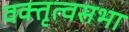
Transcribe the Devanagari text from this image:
वक्तृत्वसभा